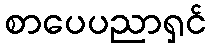
စာပေပညာရှင်